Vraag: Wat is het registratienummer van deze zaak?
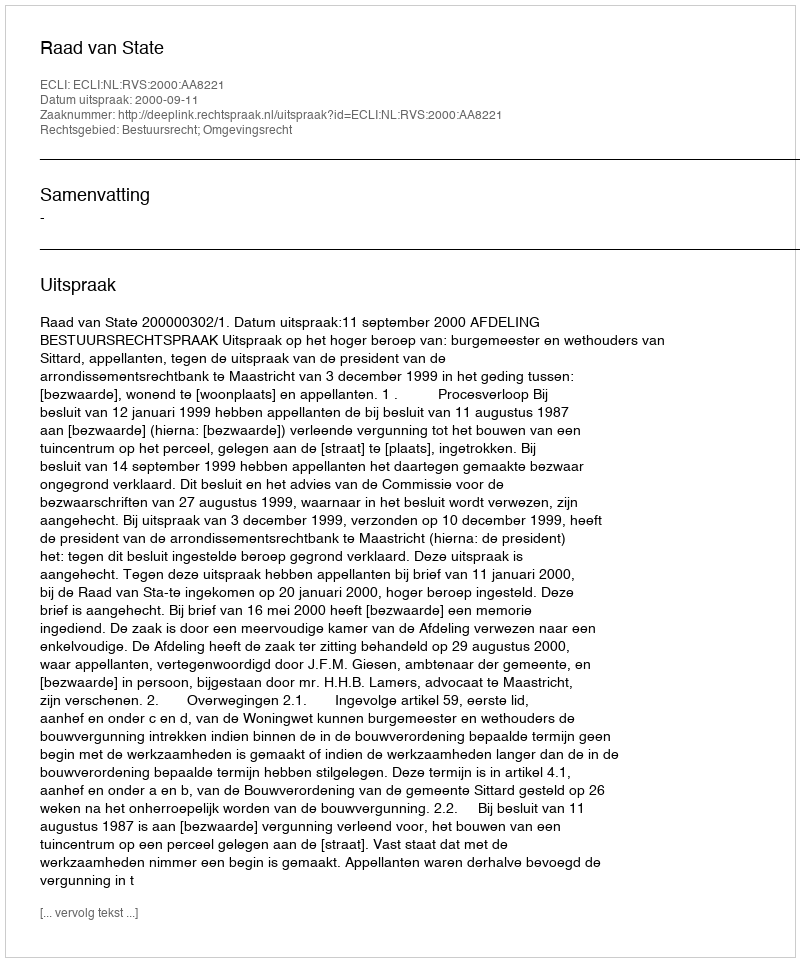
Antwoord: http://deeplink.rechtspraak.nl/uitspraak?id=ECLI:NL:RVS:2000:AA8221